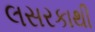
લસરકાથી